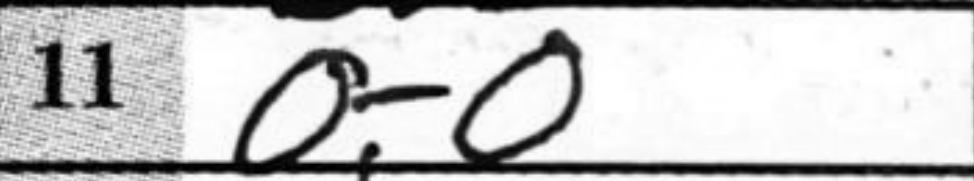
Transcription: O-O